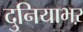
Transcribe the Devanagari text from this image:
दुनियाभऱ